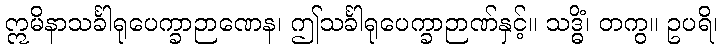
ဣမိနာသင်္ခါရုပေက္ခာဉာဏေန၊ ဤသင်္ခါရုပေက္ခာဉာဏ်နှင့်။ သဒ္ဓိံ၊ တကွ။ ဥပရိ၊